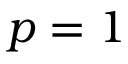
p = 1